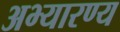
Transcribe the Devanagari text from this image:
अभ्यारण्‍य